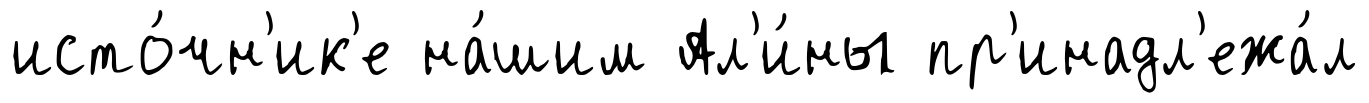
исто́чн'ик'е на́шим Ал'и́ны пр'инадл'ежа́л